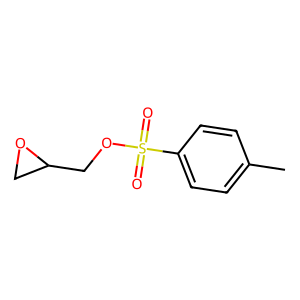
SMILES: Cc1ccc(S(=O)(=O)OCC2CO2)cc1
Inhibits HIV replication: No